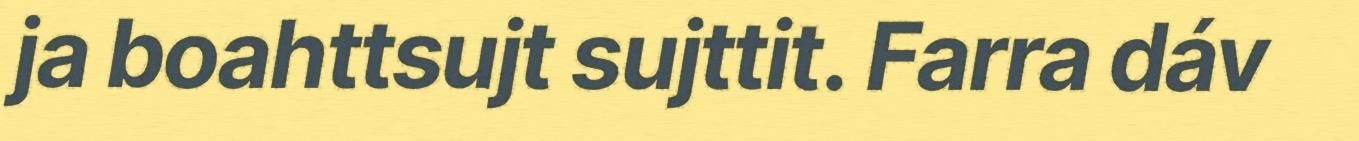
ja boahttsujt sujttit. Farra dáv